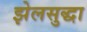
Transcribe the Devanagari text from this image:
झेलसुद्धा